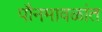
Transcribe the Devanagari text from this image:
पौनमावळांत